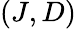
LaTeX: \left(J,D\right)